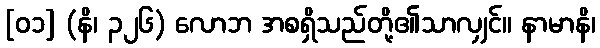
[၀၁] (နိ၊ ၃၂၆) လောဘ အစရှိသည်တို့၏သာလျှင်။ နာမာနိ၊